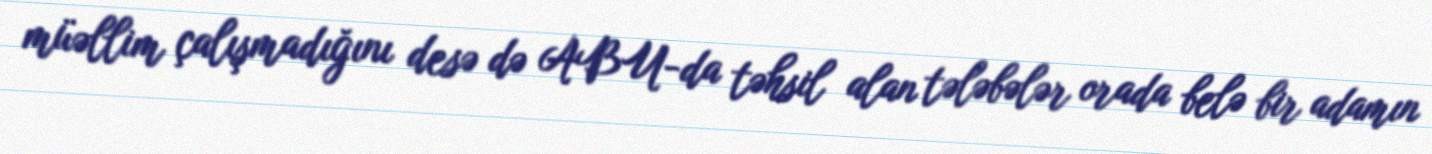
müəllim çalışmadığını desə də ABU-da təhsil alan tələbələr orada belə bir adamın